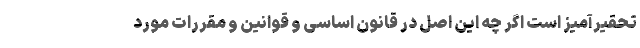
تحقیرآمیز است اگر چه این اصل در قانون اساسی و قوانین و مقررات مورد